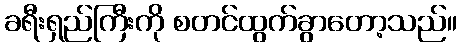
ခရီးရှည်ကြီးကို စတင်ထွက်ခွာတော့သည်။